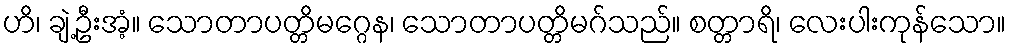
ဟိ၊ ချဲ့ဦးအံ့။ သောတာပတ္တိမဂ္ဂေန၊ သောတာပတ္တိမဂ်သည်။ စတ္တာရိ၊ လေးပါးကုန်သော။